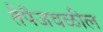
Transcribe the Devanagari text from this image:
तैपैजवळील